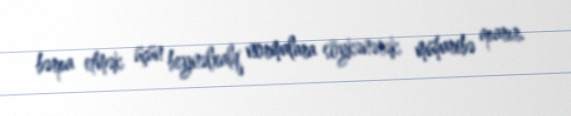
bərpa etmək üçün beynəlxalq normalara söykənərək müharibə aparır.